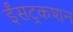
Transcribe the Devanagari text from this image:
ईंसट्रकशन